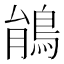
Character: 䳌